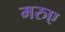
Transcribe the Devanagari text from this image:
मरुए